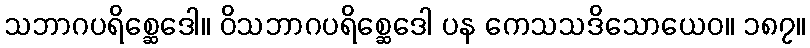
သဘာဂပရိစ္ဆေဒေါ။ ဝိသဘာဂပရိစ္ဆေဒေါ ပန ကေသသဒိသောယေဝ။ ၁၈၇။